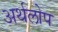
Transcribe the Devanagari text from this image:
अर्थलोप